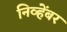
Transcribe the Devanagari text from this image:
निव्हेंबर